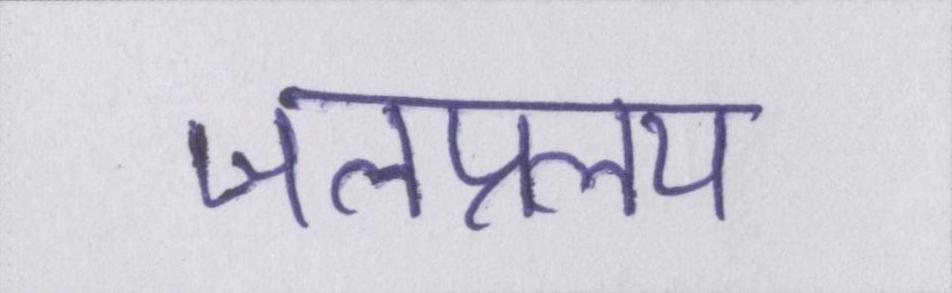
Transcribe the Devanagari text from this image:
जलप्रलय